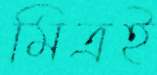
মিত্রই